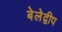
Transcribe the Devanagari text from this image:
बेलेद्वीप